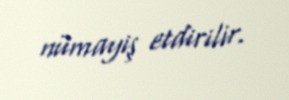
nümayiş etdirilir.